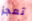
تعجز